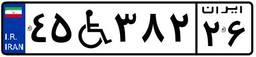
۴۵W۳۸۲۲۶